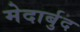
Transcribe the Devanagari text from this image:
मेदार्बुद